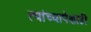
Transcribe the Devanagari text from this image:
त्यांच्यापेक्षाही